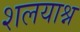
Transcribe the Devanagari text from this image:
शलयाश्न